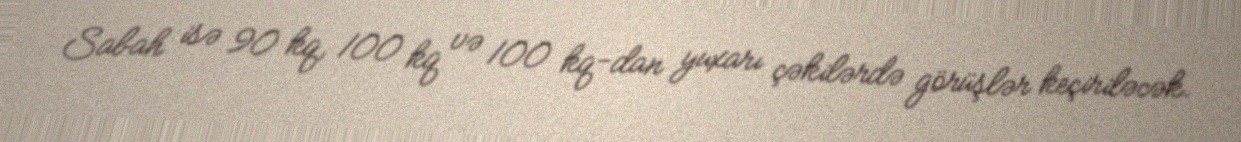
Sabah isə 90 kq, 100 kq və 100 kq-dan yuxarı çəkilərdə görüşlər keçiriləcək.